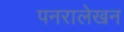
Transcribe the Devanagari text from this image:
पनरालेखन